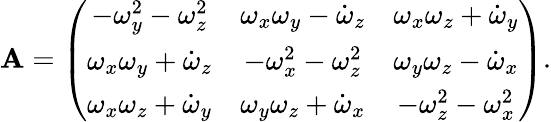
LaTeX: \mathbf{A}=\left(\begin{array}{ccc}{-\omega_{y}^{2}-\omega_{z}^{2}}&{\omega_{x}\omega_{y}-\dot{\omega}_{z}}&{\omega_{x}\omega_{z}+\dot{\omega}_{y}}\\ {\omega_{x}\omega_{y}+\dot{\omega}_{z}}&{-\omega_{x}^{2}-\omega_{z}^{2}}&{\omega_{y}\omega_{z}-\dot{\omega}_{x}}\\ {\omega_{x}\omega_{z}+\dot{\omega}_{y}}&{\omega_{y}\omega_{z}+\dot{\omega}_{x}}&{-\omega_{z}^{2}-\omega_{x}^{2}}\end{array}\right).